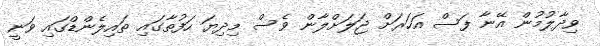
ވިދާލުމުން އޭނާ ފަސް އަހަރަށް ޖަލަށްލާން ވެސް މިދިޔަ ހަފުތާގައި ތައިލެންޑްގައި ވަނީ